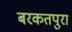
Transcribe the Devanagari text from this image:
बरकतपुरा